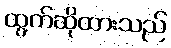
ထွက်ဆိုထားသည်